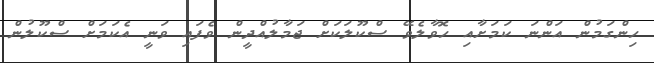
ހިންގަމުން އަންނަ ކަމަށާއި ހޮވާލެވޭ ސްކޫލަކަށް ޖަމާލުއްދީން ވެފައި ވަނީ އެކަމަށް ސްކޫލުން